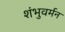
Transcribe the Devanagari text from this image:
शंभुवर्मन